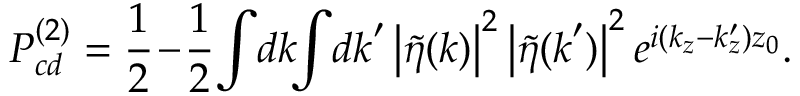
P _ { c d } ^ { ( 2 ) } = \frac { 1 } { 2 } \! - \! \frac { 1 } { 2 } \! \int \! d \boldsymbol { k } \! \! \int \! d \boldsymbol { k } ^ { \prime } \left| \tilde { \eta } ( \boldsymbol { k } ) \right| ^ { 2 } \left| \tilde { \eta } ( \boldsymbol { k } ^ { \prime } ) \right| ^ { 2 } e ^ { i ( k _ { z } - k _ { z } ^ { \prime } ) z _ { 0 } } .